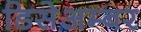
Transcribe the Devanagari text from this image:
डिसेअम्बर